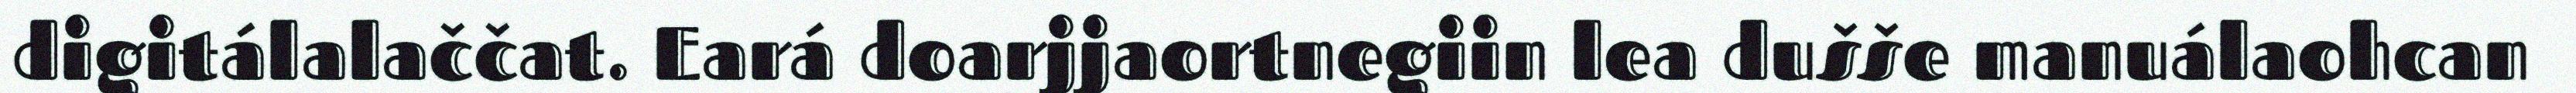
digitálalaččat. Eará doarjjaortnegiin lea dušše manuálaohcan